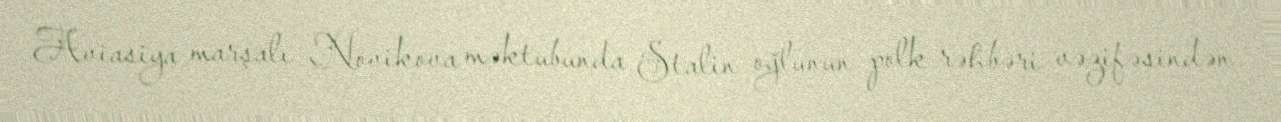
Aviasiya marşalı Novikova məktubunda Stalin oğlunun polk rəhbəri vəzifəsindən